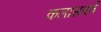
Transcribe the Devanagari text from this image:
कलासवर्ण